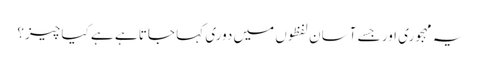
یہ مہجوری اور جسے آسان لفظوں میں دوری کہا جاتا ہے ہے کیا چیز؟